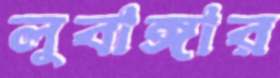
লুবাঙ্গার